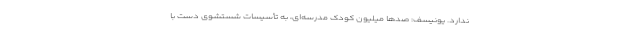
ندارد. یونیسف: صدها میلیون کودک مدرسه‌ای، به تأسیسات شستشوی دست با